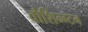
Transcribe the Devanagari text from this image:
वौशिन्ग्टन